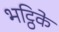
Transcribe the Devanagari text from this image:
भट्ठिके